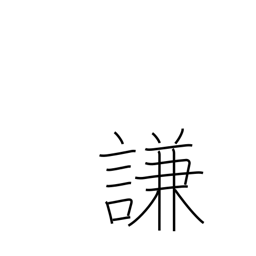
Meaning: condescend